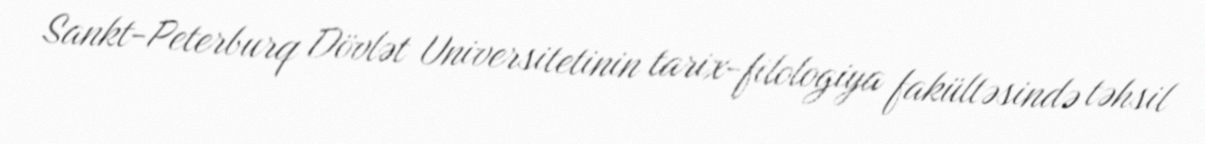
Sankt-Peterburq Dövlət Universitetinin tarix-filologiya fakültəsində təhsil